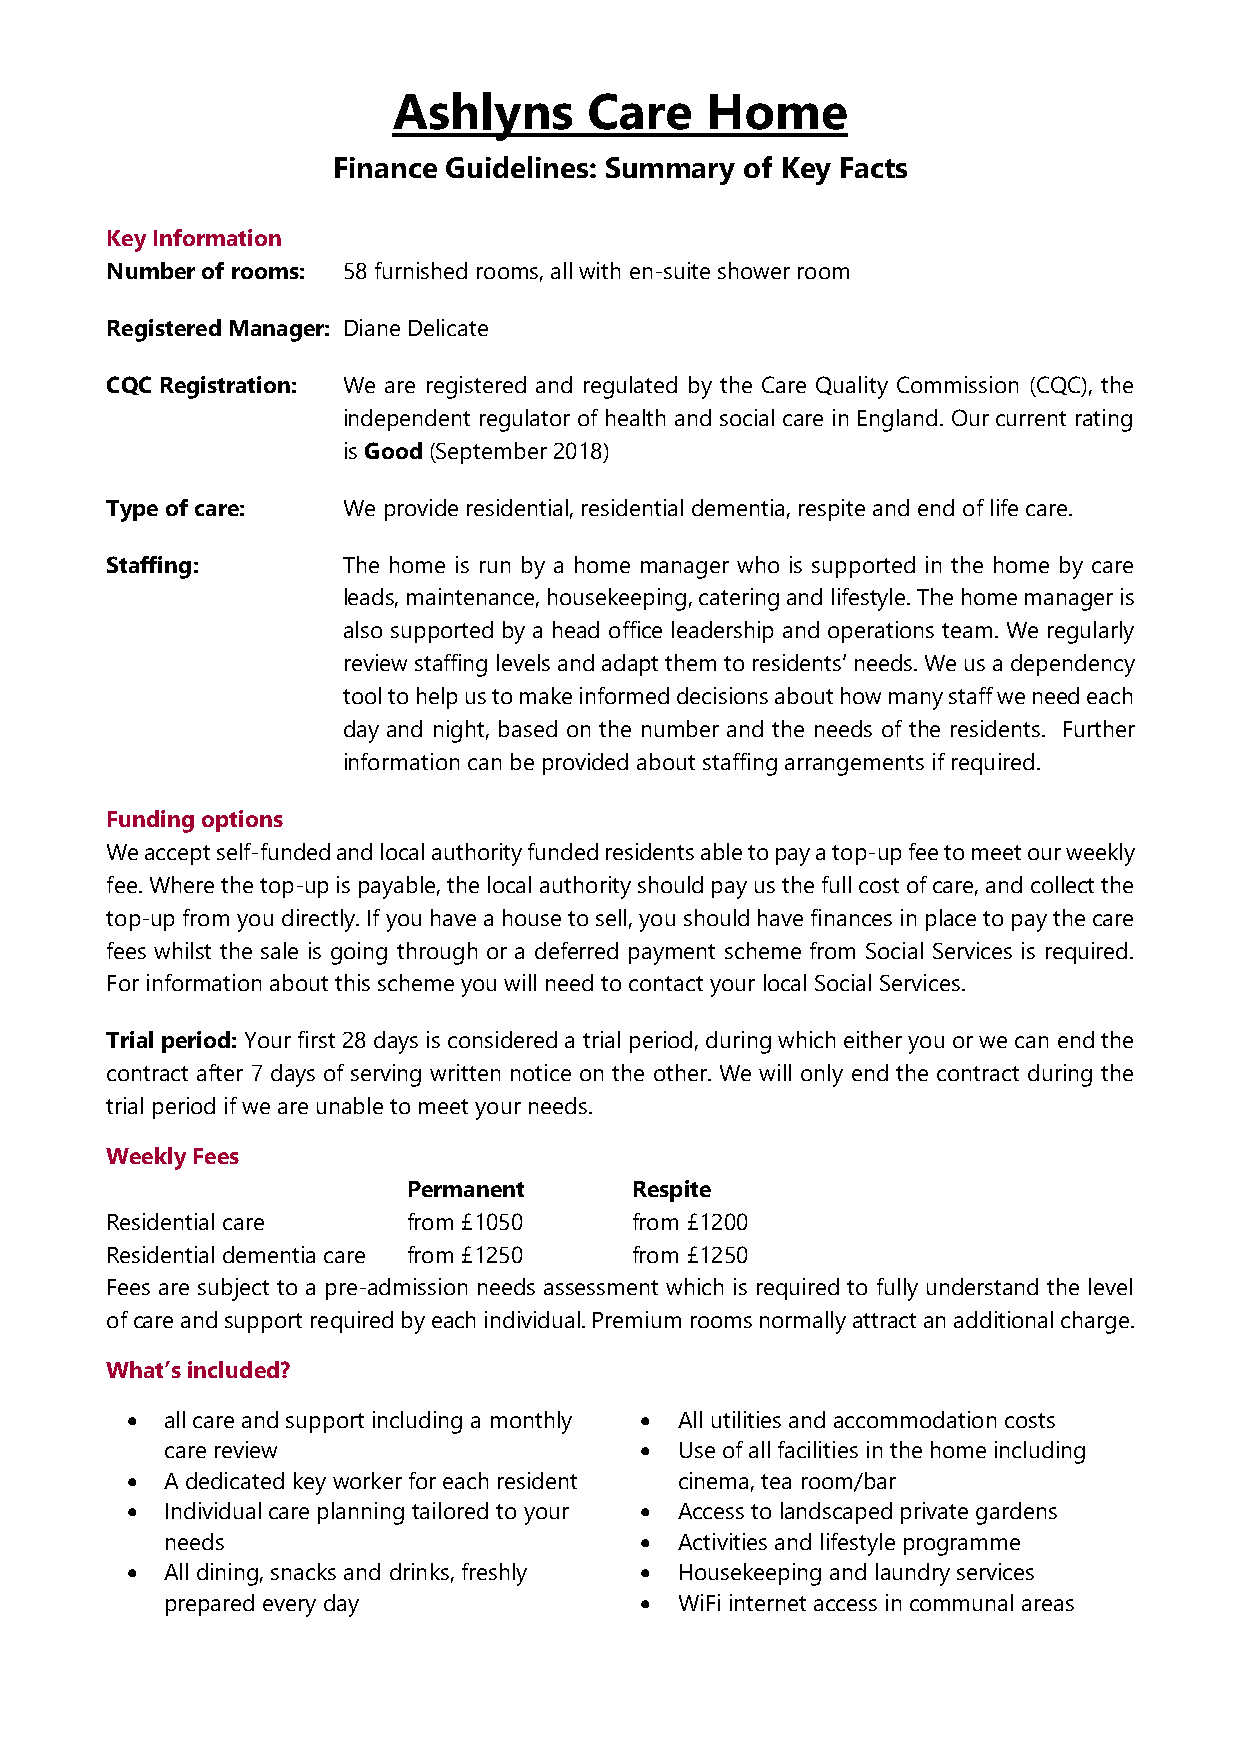
Ashlyns      Care    Home
 Finance Guidelines: Summary of Key Facts
 Key Information
 Number of rooms: 58 furnished rooms, all with en-suite shower room
 Registered Manager: Diane Delicate
 CQC Registration: We are registered and regulated by the Care Quality Commission (CQC), the
 independent regulator of health and social care in England. Our current rating
 is Good (September 2018)
 Type of care:   We provide residential, residential dementia, respite and end of life care.
 Staffing:       The home is run by a home manager who is supported in the home by care
 leads, maintenance, housekeeping, catering and lifestyle. The home manager is
 also supported by a head office leadership and operations team. We regularly
 review staffing levels and adapt them to residents’ needs. We us a dependency
 tool to help us to make informed decisions about how many staff we need each
 day and night, based on the number and the needs of the residents. Further
 information can be provided about staffing arrangements if required.
 Funding options
 We accept self-funded and local authority funded residents able to pay a top-up fee to meet our weekly
 fee. Where the top-up is payable, the local authority should pay us the full cost of care, and collect the
 top-up from you directly. If you have a house to sell, you should have finances in place to pay the care
 fees whilst the sale is going through or a deferred payment scheme from Social Services is required.
 For information about this scheme you will need to contact your local Social Services.
 Trial period: Your first 28 days is considered a trial period, during which either you or we can end the
 contract after 7 days of serving written notice on the other. We will only end the contract during the
 trial period if we are unable to meet your needs.
 Weekly Fees
 Permanent      Respite
 Residential care    from £1050     from £1200
 Residential dementia care from £1250 from £1250
 Fees are subject to a pre-admission needs assessment which is required to fully understand the level
 of care and support required by each individual. Premium rooms normally attract an additional charge.
 What’s included?
 •  all care and support including a monthly • All utilities and accommodation costs
 care review                    •  Use of all facilities in the home including
 •  A dedicated key worker for each resident cinema, tea room/bar
 •  Individual care planning tailored to your • Access to landscaped private gardens
 needs                          •  Activities and lifestyle programme
 •  All dining, snacks and drinks, freshly • Housekeeping and laundry services
 prepared every day             •  WiFi internet access in communal areas